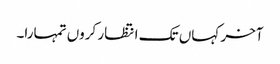
آخر کہاں تک انتظار کروں تمہارا۔